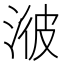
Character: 𣷭